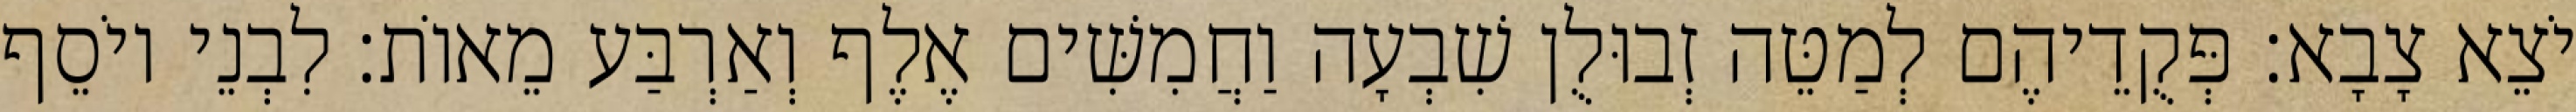
יֹצֵא צָבָא׃ פְּקֻדֵיהֶם לְמַטֵּה זְבוּלֻן שִׁבְעָה וַחֲמִשִּׁים אֶלֶף וְאַרְבַּע מֵאוֹת׃ לִבְנֵי יוֹסֵף